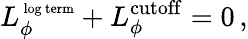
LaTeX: L_{\phi}^{\mathrm{\scriptsize~log~term}}+L_{\phi}^{\mathrm{cutoff}}=0\, ,